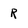
Character: R